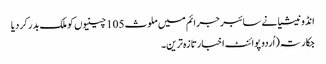
انڈونیشیا نے سائبر جرائم میں ملوث 105 چینیوں کو ملک بدر کر دیا
جکارتہ (اُردو پوائنٹ اخبارتازہ ترین۔